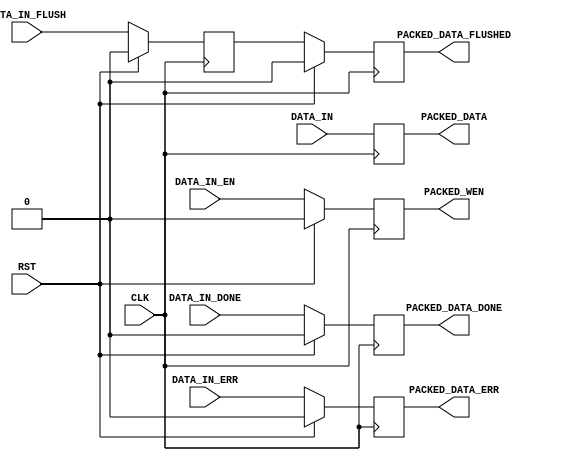
module fifo_packer_32 (
	input CLK,
	input RST,
	input [31:0] DATA_IN,		// Incoming data
	input DATA_IN_EN,			// Incoming data enable
	input DATA_IN_DONE,			// Incoming data packet end
	input DATA_IN_ERR,			// Incoming data error
	input DATA_IN_FLUSH,		// End of incoming data
	output [31:0] PACKED_DATA,	// Outgoing data
	output PACKED_WEN,			// Outgoing data write enable
	output PACKED_DATA_DONE,	// End of outgoing data packet
	output PACKED_DATA_ERR,		// Error in outgoing data
	output PACKED_DATA_FLUSHED	// End of outgoing data
);

reg					rPackedDone=0, _rPackedDone=0;
reg					rPackedErr=0, _rPackedErr=0;
reg					rPackedFlush=0, _rPackedFlush=0;
reg					rPackedFlushed=0, _rPackedFlushed=0;
reg		[31:0]		rDataIn=64'd0, _rDataIn=64'd0;
reg					rDataInEn=0, _rDataInEn=0;


assign PACKED_DATA = rDataIn;
assign PACKED_WEN = rDataInEn;
assign PACKED_DATA_DONE = rPackedDone;
assign PACKED_DATA_ERR = rPackedErr;
assign PACKED_DATA_FLUSHED = rPackedFlushed;


// Buffers input data to ease timing.
always @ (posedge CLK) begin
	rPackedDone <= #1 (RST ? 1'd0 : _rPackedDone);
	rPackedErr <= #1 (RST ? 1'd0 : _rPackedErr);
	rPackedFlush <= #1 (RST ? 1'd0 : _rPackedFlush);
	rPackedFlushed <= #1 (RST ? 1'd0 : _rPackedFlushed);
	rDataIn <= #1 _rDataIn;
	rDataInEn <= #1 (RST ? 1'd0 : _rDataInEn);
end

always @ (*) begin
	// Buffer and mask the input data.
	_rDataIn = DATA_IN;
	_rDataInEn = DATA_IN_EN;

	// Track done/error/flush signals.
	_rPackedDone = DATA_IN_DONE;
	_rPackedErr = DATA_IN_ERR;
	_rPackedFlush = DATA_IN_FLUSH;
	_rPackedFlushed = rPackedFlush;
end



endmodule